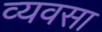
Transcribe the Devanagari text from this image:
व्यवसा